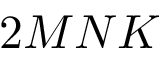
2 M N K